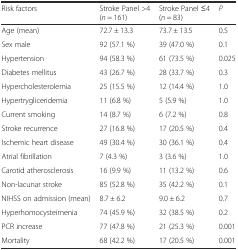
<table><thead><tr><td><b>Risk factors</b></td><td><b>Stroke Panel &gt;4(<i>n</i> = 161)</b></td><td><b>Stroke Panel ≤4(<i>n</i> = 83)</b></td><td><b><i>P</i></b></td></tr></thead><tbody><tr><td>Age (mean)</td><td>72.7 ± 13.3</td><td>73.7 ± 13.5</td><td>0.5</td></tr><tr><td>Sex male</td><td>92 (57.1 %)</td><td>39 (47.0 %)</td><td>0.1</td></tr><tr><td>Hypertension</td><td>94 (58.3 %)</td><td>61 (73.5 %)</td><td>0.025</td></tr><tr><td>Diabetes mellitus</td><td>43 (26.7 %)</td><td>28 (33.7 %)</td><td>0.3</td></tr><tr><td>Hypercholesterolemia</td><td>25 (15.5 %)</td><td>12 (14.4 %)</td><td>1.0</td></tr><tr><td>Hypertrygliceridemia</td><td>11 (6.8 %)</td><td>5 (5.9 %)</td><td>1.0</td></tr><tr><td>Current smoking</td><td>14 (8.7 %)</td><td>6 (7.2 %)</td><td>0.8</td></tr><tr><td>Stroke recurrence</td><td>27 (16.8 %)</td><td>17 (20.5 %)</td><td>0.4</td></tr><tr><td>Ischemic heart disease</td><td>49 (30.4 %)</td><td>30 (36.1 %)</td><td>0.4</td></tr><tr><td>Atrial fibrillation</td><td>7 (4.3 %)</td><td>3 (3.6 %)</td><td>1.0</td></tr><tr><td>Carotid atherosclerosis</td><td>16 (9.9 %)</td><td>11 (13.2 %)</td><td>0.6</td></tr><tr><td>Non-lacunar stroke</td><td>85 (52.8 %)</td><td>35 (42.2 %)</td><td>0.1</td></tr><tr><td>NIHSS on admission (mean)</td><td>8.7 ± 6.2</td><td>9.0 ± 6.2</td><td>0.7</td></tr><tr><td>Hyperhomocysteimenia</td><td>74 (45.9 %)</td><td>32 (38.5 %)</td><td>0.2</td></tr><tr><td>PCR increase</td><td>77 (47.8 %)</td><td>21 (25.3 %)</td><td>0.001</td></tr><tr><td>Mortality</td><td>68 (42.2 %)</td><td>17 (20.5 %)</td><td>0.001</td></tr></tbody></table>